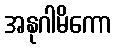
အနုဂါမိကော